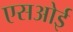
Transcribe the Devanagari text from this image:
एसओई